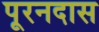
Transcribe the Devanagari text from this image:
पूरनदास